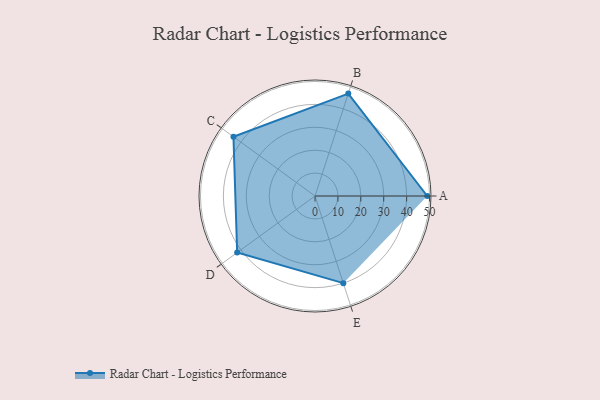
{"axis": {"x": "Skill", "y": "Score"}, "legend": ["Profile"], "data": [{"x": "A", "y": 49.0, "type": "Profile"}, {"x": "B", "y": 47.0, "type": "Profile"}, {"x": "C", "y": 44.0, "type": "Profile"}, {"x": "D", "y": 42.0, "type": "Profile"}, {"x": "E", "y": 40.0, "type": "Profile"}]}